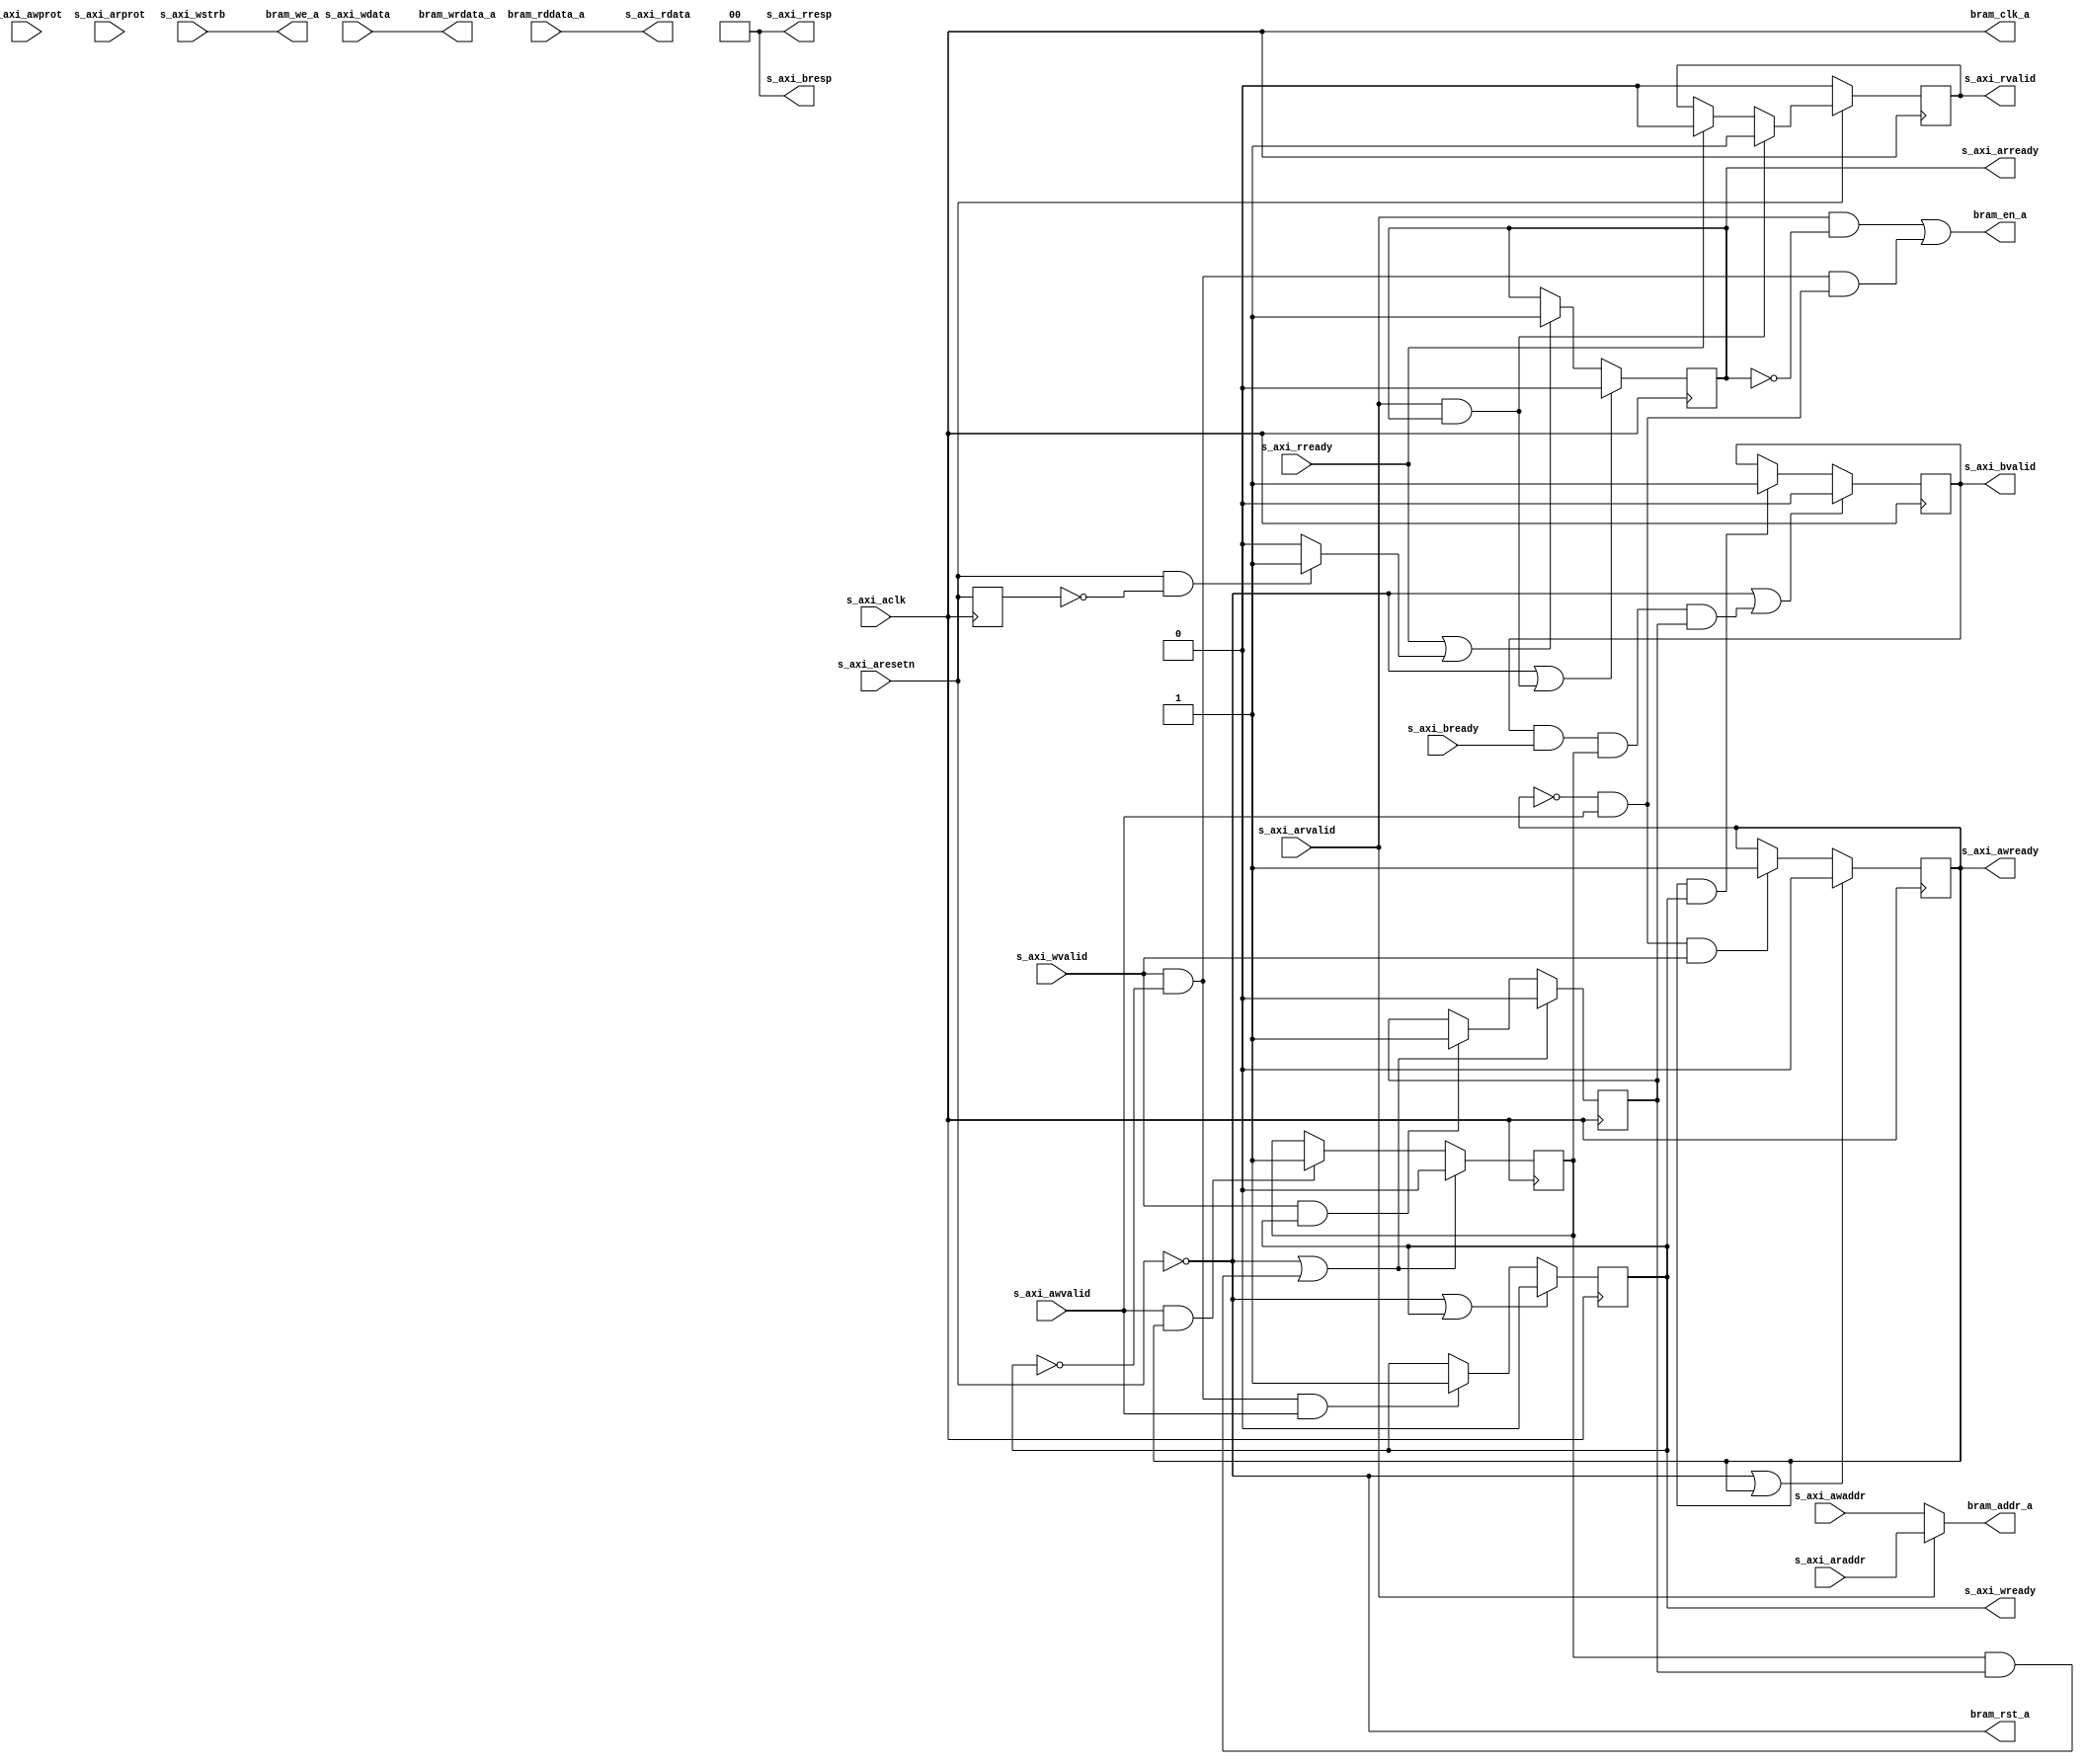
module axi4_lite_slave_ctrl #(
parameter                      addr_width  = 12
 )(
input                          s_axi_aclk,
input                          s_axi_aresetn,

input   [addr_width -1 : 0]    s_axi_awaddr,
input   [2 : 0]                s_axi_awprot,
input                          s_axi_awvalid,
output                         s_axi_awready,
           
input   [31 : 0]               s_axi_wdata,
input   [3 : 0]                s_axi_wstrb,
input                          s_axi_wvalid,
output                         s_axi_wready,
           
output  [1 : 0]                s_axi_bresp,
output                         s_axi_bvalid,
input                          s_axi_bready,
           
input   [addr_width -1 : 0]    s_axi_araddr,
input   [2 : 0]                s_axi_arprot,
input                          s_axi_arvalid,
output                         s_axi_arready,
           
output  [31 : 0]               s_axi_rdata,
output  [1 : 0]                s_axi_rresp,
output                         s_axi_rvalid,
input                          s_axi_rready,
           
output                         bram_clk_a,
output                         bram_rst_a,
output                         bram_en_a,
output  [3 : 0]                bram_we_a,
output  [addr_width -1 : 0]    bram_addr_a,
output  [31 : 0]               bram_wrdata_a, 
input   [31 : 0]               bram_rddata_a 
);

reg                 awaddr_handshake;
reg                 wdata_handshake;
wire                araddr_handshake;

reg                 axi_awready;
reg                 axi_wready;
reg                 axi_bvalid;
reg                 axi_arready;
reg                 axi_rvalid;

assign bram_clk_a           = s_axi_aclk;
assign bram_rst_a           = ~s_axi_aresetn; 
assign bram_en_a            = (s_axi_arvalid & ~axi_arready) | ((s_axi_wvalid & ~axi_wready) & (~axi_awready & s_axi_awvalid));
assign bram_we_a            = s_axi_wstrb;

assign bram_addr_a          = (s_axi_arvalid) ? s_axi_araddr : s_axi_awaddr;
assign bram_wrdata_a        = s_axi_wdata;
assign s_axi_rdata          = bram_rddata_a;  


//responces (always 0???)
assign s_axi_bresp = 'h0;
assign s_axi_rresp = 'h0;

//write data ready
initial axi_wready = 0;
always @(posedge s_axi_aclk  ) begin
    if (~s_axi_aresetn | s_axi_wready) begin
        axi_wready <= 0;
    end else if (~s_axi_wready & s_axi_wvalid & s_axi_awvalid /*& ~s_axi_arvalid*/) begin
        axi_wready <= 1;
    end
end

assign s_axi_wready = axi_wready;

//write address ready
initial axi_awready = 0;
always @(posedge s_axi_aclk  ) begin
    if (~s_axi_aresetn | s_axi_awready) begin 
        axi_awready <= 0;
    end else if (~s_axi_awready & s_axi_awvalid & s_axi_wvalid /*& ~s_axi_arvalid*/) begin 
        axi_awready <= 1;
    end
end

assign s_axi_awready = axi_awready;


always @(posedge s_axi_aclk ) begin
    if (~s_axi_aresetn | (awaddr_handshake & wdata_handshake)) begin   
        awaddr_handshake <= 0;
        wdata_handshake <= 0;
    end else begin 
        if (s_axi_awvalid & s_axi_awready) begin 
            awaddr_handshake <= 1;
        end
        if (s_axi_wvalid & s_axi_wready) begin 
            wdata_handshake <= 1;
        end
    end
end

//write resp
initial axi_bvalid = 0;
always @(posedge s_axi_aclk  ) begin
    if (~s_axi_aresetn | (s_axi_bvalid & s_axi_bready & awaddr_handshake & wdata_handshake)) begin 
        axi_bvalid <= 0;
    end else if (s_axi_awready & s_axi_wready) begin 
        axi_bvalid <= 1;
    end
end

assign s_axi_bvalid = axi_bvalid;


//detecting end of reset cycle 
wire axi_aresetn;
reg axi_aresetn_d = 1'b0;

always @(posedge s_axi_aclk) begin
    axi_aresetn_d <= s_axi_aresetn;
end

assign axi_aresetn = (s_axi_aresetn & ~axi_aresetn_d) ? 1'b1 : 1'b0;


//read
initial axi_arready = 0;
always @(posedge s_axi_aclk ) begin
    if (~s_axi_aresetn | (s_axi_arvalid & axi_arready)) begin 
        axi_arready <= 0;
    end else if (s_axi_rready | axi_aresetn) begin 
        axi_arready <= 1;
    end else begin  
        axi_arready <= axi_arready;
    end
end

assign araddr_handshake = (s_axi_arvalid & s_axi_arready);
assign s_axi_arready    = axi_arready;

initial axi_rvalid = 0;
always @(posedge s_axi_aclk ) begin
    if (~s_axi_aresetn) begin 
        axi_rvalid <= 0;
    end else if (araddr_handshake) begin 
        axi_rvalid <= 1;
    end else if (s_axi_rready) begin
        axi_rvalid <= 0;
    end
end

assign s_axi_rvalid = axi_rvalid;

endmodule